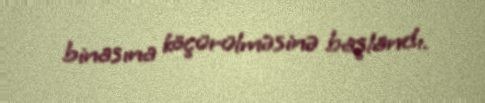
binasına köçürülməsinə başlandı.